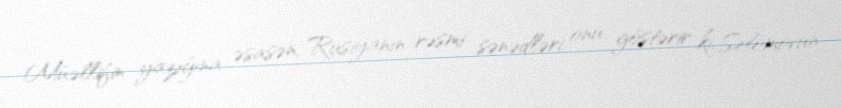
Müəllifin yazığına əsasən, Rusiyanın rəsmi sənədləri onu göstərir ki, Şelomovun